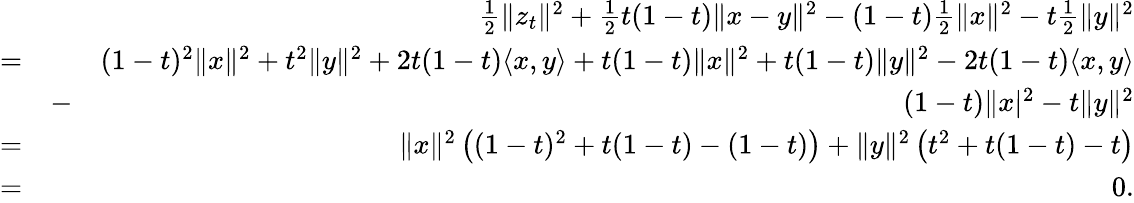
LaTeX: \begin{array}{rlr}&{}&{\frac{1}{2}\Vert z_{t}\Vert^{2}+\frac{1}{2}t(1-t)\Vert x-y\Vert^{2}-(1-t)\frac{1}{2}\Vert x\Vert^{2}-t\frac{1}{2}\Vert y\Vert^{2}}\\ {=}&{}&{(1-t)^{2}\Vert x\Vert^{2}+t^{2}\Vert y\Vert^{2}+2t(1-t)\langle x,y\rangle+t(1-t)\Vert x\Vert^{2}+t(1-t)\Vert y\Vert^{2}-2t(1-t)\langle x,y\rangle}\\ &{-}&{(1-t)\Vert x\vert^{2}-t\Vert y\Vert^{2}}\\ {=}&{}&{\Vert x\Vert^{2}\left((1-t)^{2}+t(1-t)-(1-t)\right)+\Vert y\Vert^{2}\left(t^{2}+t(1-t)-t\right)}\\ {=}&{}&{0.}\end{array}